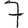
Digit: 7